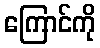
ကြောင်ကို